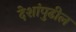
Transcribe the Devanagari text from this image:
देशांपुढील